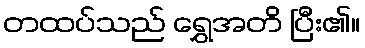
တထပ်သည် ရွှေအတိ ပြီး၏။